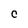
Character: C